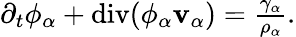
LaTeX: \begin{array}{r}{\partial_{t}\phi_{\alpha}+\mathrm{div}(\phi_{\alpha}\mathbf{v}_{\alpha})=\frac{\gamma_{\alpha}}{\rho_{\alpha}}.}\end{array}